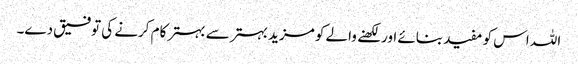
اللہ اس کو مفید بنائے اور لکھنے والے کو مزید بہتر سے بہتر کام کرنے کی توفیق دے۔